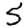
Digit: 5